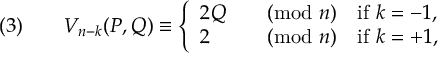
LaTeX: ( 3 ) \qquad V _ { n - k } ( P , Q ) \equiv { \left\{ \begin{array} { l l } { 2 Q } & { { \pmod { n } } \quad { \mathrm { i f ~ } } k = - 1 , } \\ { 2 } & { { \pmod { n } } \quad { \mathrm { i f ~ } } k = + 1 { \mathrm { , } } } \end{array} \right. }